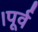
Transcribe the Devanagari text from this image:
।पूर्व